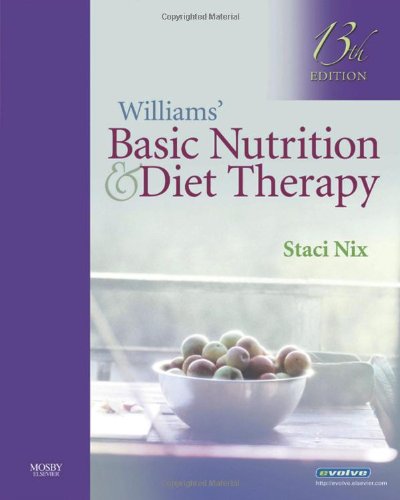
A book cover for Williams' Basic Nutrition & Diet Therapy; Staci Nix; Medical Books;